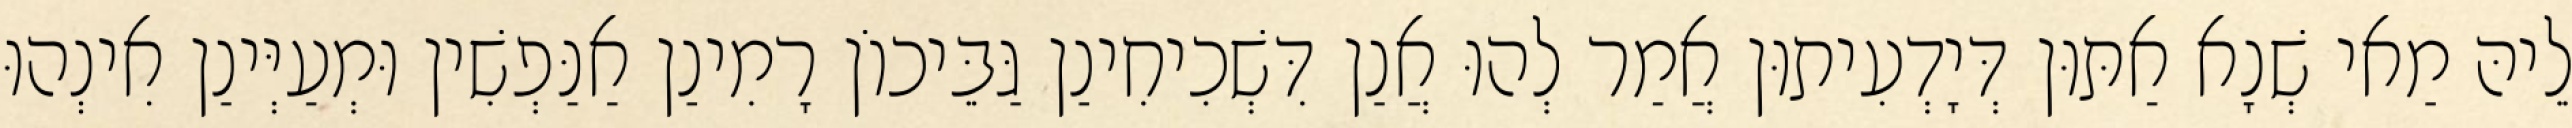
לֵיהּ מַאי שְׁנָא אַתּוּן דְּיָדְעִיתוּן אֲמַר לְהוּ אֲנַן דִּשְׁכִיחִינַן גַּבֵּיכוֹן רָמִינַן אַנַּפְשִׁין וּמְעַיְּינַן אִינְהוּ